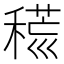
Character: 𥡍